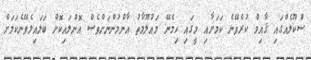
ސްކޫލެއްގައި ޤާއިމް ކުރެވޭނެ ކަމަށާއި މީގައި ހިމެނޭ މައުލޫމާތު އާންމުންނަށްވެސް އޮންލައިކޮށް ބަލައިލެވޭނެކަމަށް